system: You are a helpful assistant.
user:
Analyze the provided spectrum to determine if it is a **"Cataclysmic Variables (CV)"**.

- **Key Indicators for CV (Check for either state):**
    - **State 1: Quiescent / Low-State (Emission-Dominated)**
        - **(Primary):** Strong and *very broad* Hydrogen Balmer emission lines (e.g., $H\alpha$ at 6563 Å, $H\beta$ at 4861 Å). The 'broadness' (high velocity dispersion, often FWHM > 1000 km/s) is the key diagnostic, indicating a high-velocity accretion disk.
        - **(Secondary):** Broad neutral Helium (He I) emission lines (e.g., 5876 Å, 6678 Å).
        - **(Key Confirmation):** Presence of high-excitation *ionized* Helium (He II) emission at 4686 Å. This is a strong indicator of accretion onto a white dwarf.
        - **(Line Profile):** Emission lines may exhibit a 'double-peaked' profile, which is a classic signature of a rotating accretion disk viewed at high inclination.

    - **State 2: Outburst / High-State (Absorption-Dominated)**
        - **(Primary):** Spectrum is dominated by a bright, blue continuum (looks like a hot star).
        - **(Secondary):** The emission lines from State 1 are weak, absent, or 'filled in', and are replaced by broad, shallow *absorption* lines (primarily Balmer and He I).
        - **(Morphology):** The overall spectrum mimics a hot B/A-type star. The crucial difference is that the absorption lines are significantly broader, shallower, and more 'washed-out' (or 'smeared') than the sharp lines of a normal stellar photosphere, due to high rotational speeds and pressure broadening in the disk.

Think first, call **spectral_visualization_tool** if needed to examine features in detail, then provide your final answer. Your response must adhere to the following strict rules:
1.  **Overall Structure:** Your response must follow the format `<think>...</think> <tool_call>...</tool_call> (if a tool is used) <answer>...</answer>`.
2.  **Tool Usage Constraint:** You may only make **one** tool call per turn.
3.  **Final Answer Format:** In the `<answer>` tag, your conclusion must be inside a `\boxed{}` command (e.g., `\boxed{YES}`), followed by your justification.

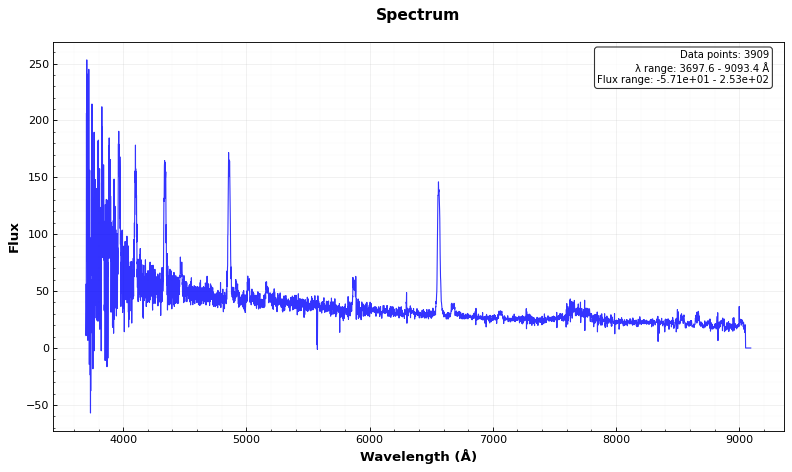
Answer: YES